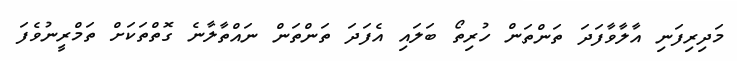
މަދިރިފަނި އާލާވާފަދަ ތަންތަން ހުރިތޯ ބަލައި އެފަދަ ތަންތަން ނައްތާލާނެ ގޮތްތަކަށް ތަމްރީނުވެފަ